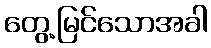
တွေ့မြင်သောအခါ